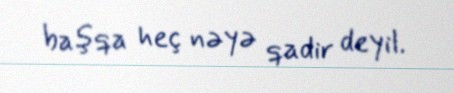
başqa heç nəyə qadir deyil.